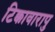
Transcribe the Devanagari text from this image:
टिक्कावारापु